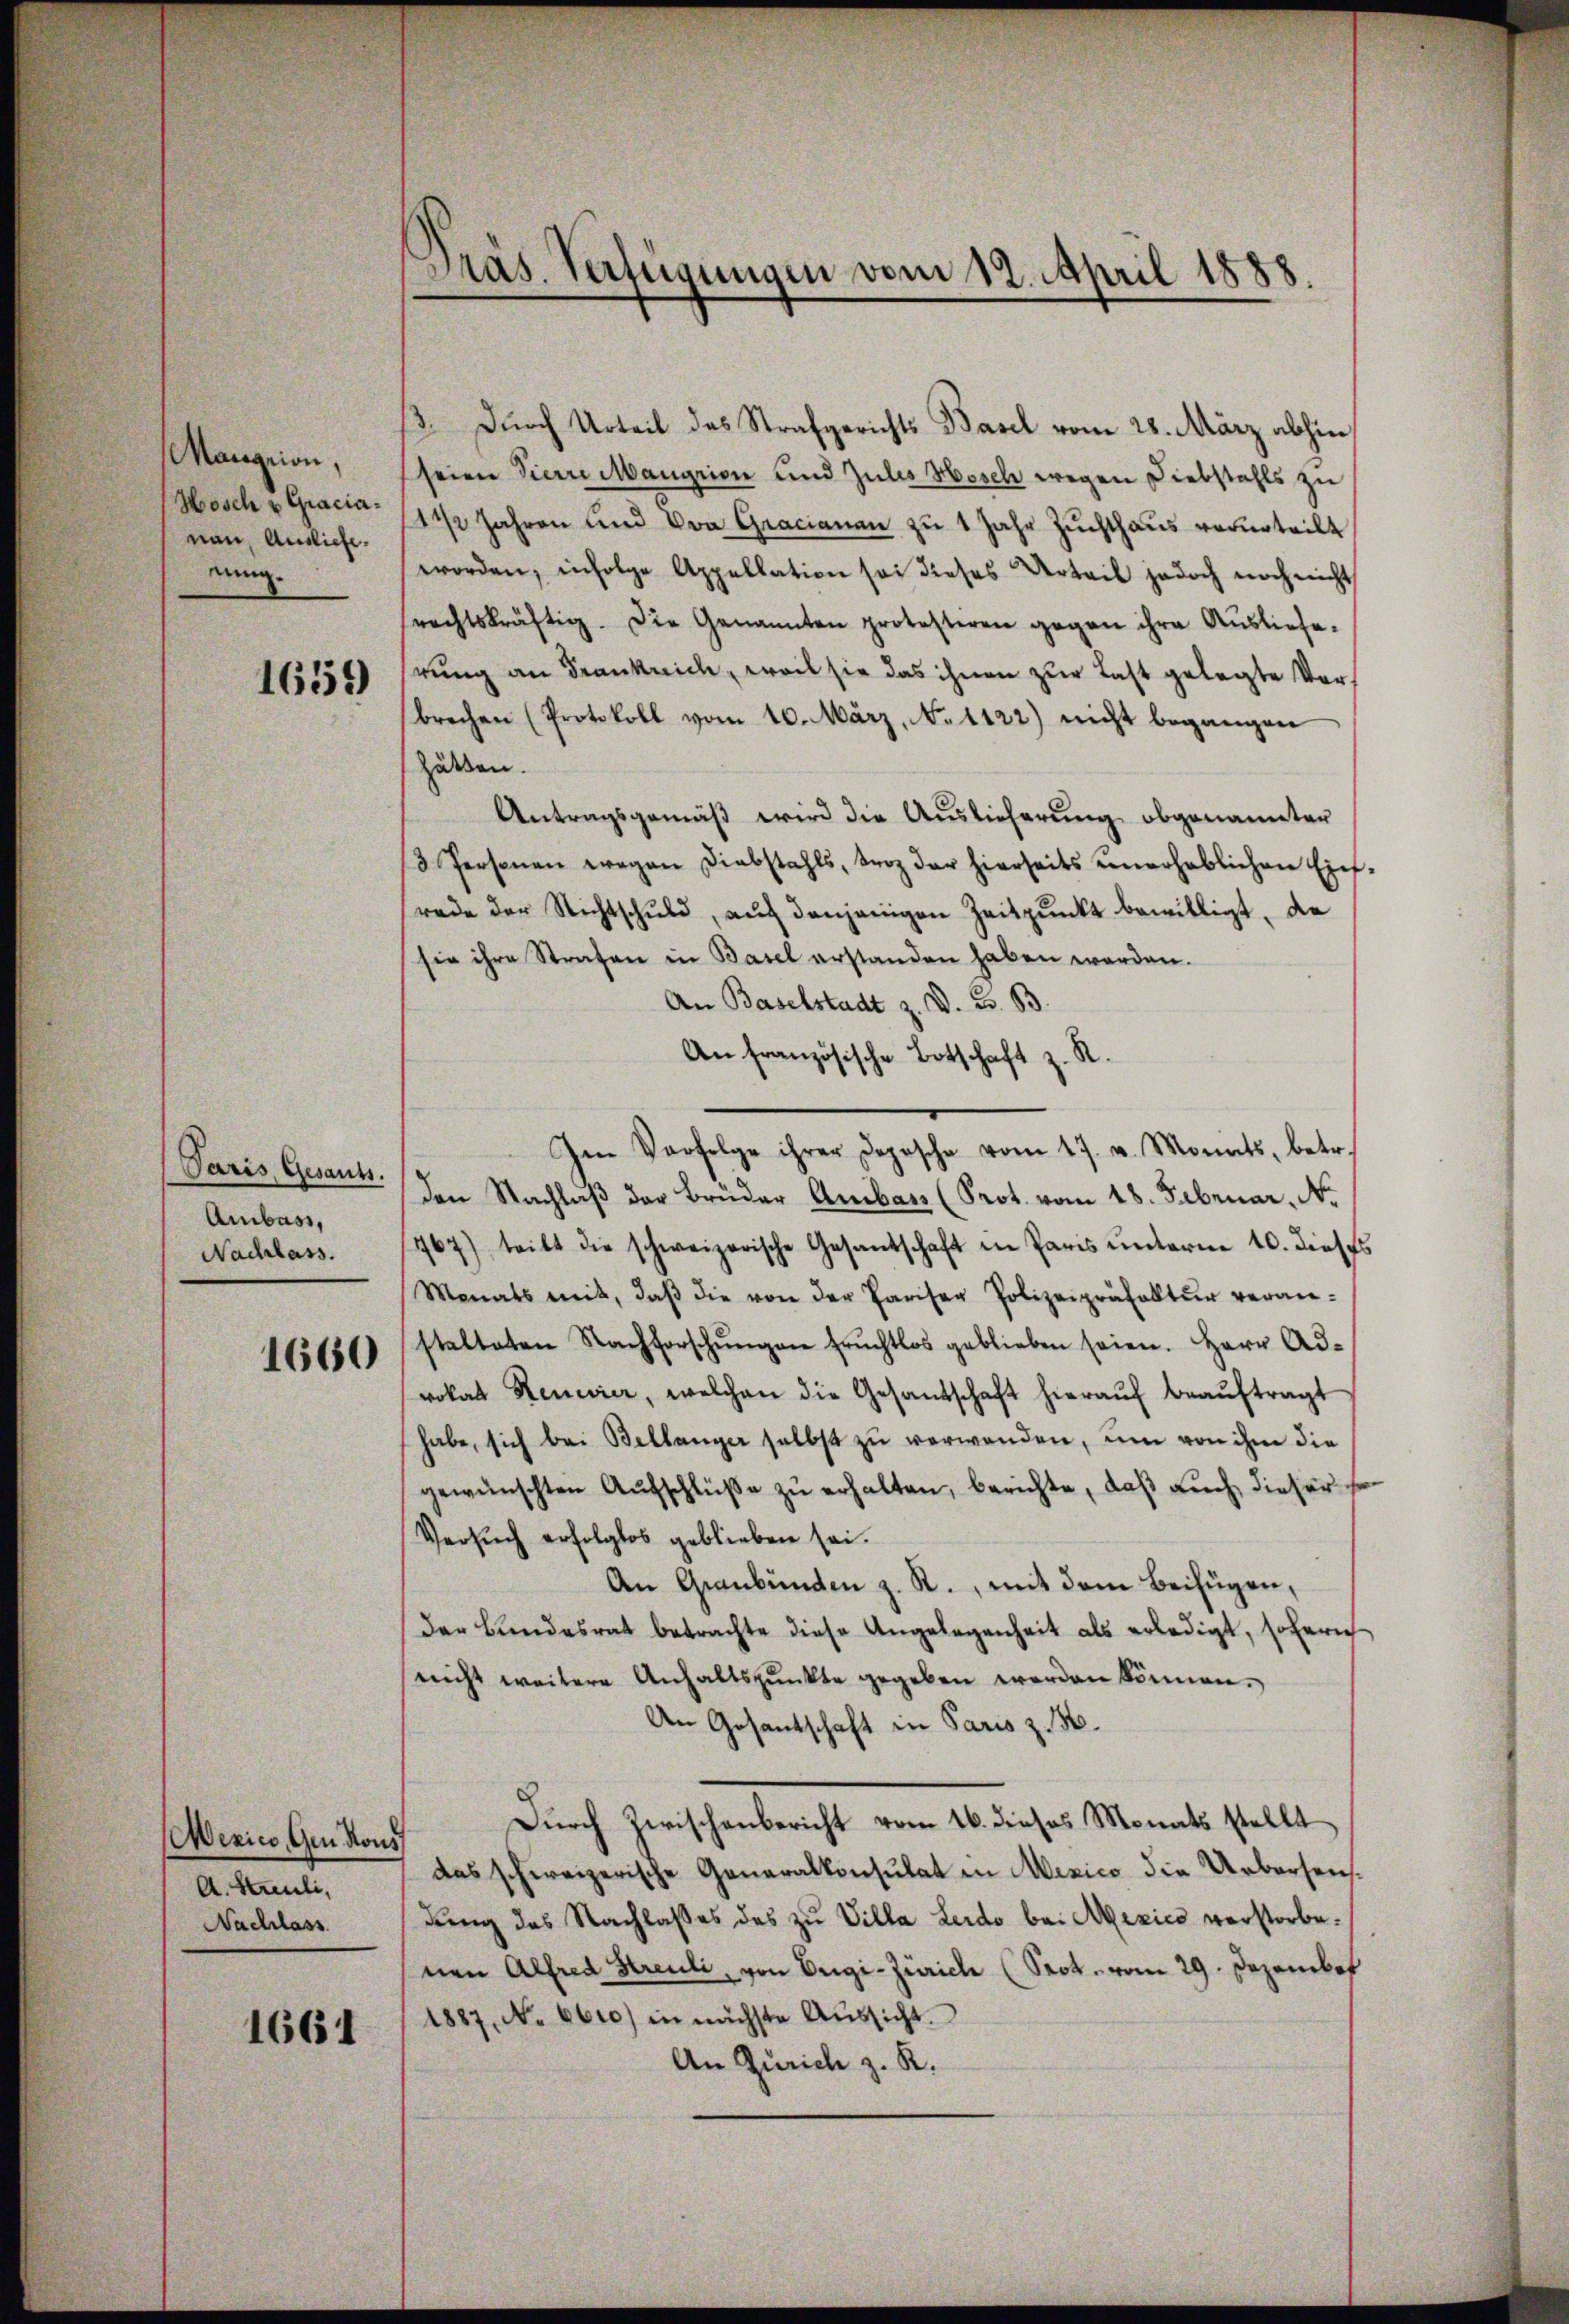
Mangrion,
Hosch v. Gracianau, Ausliefe.
nung.

1659

Paris, Gesants.
Ambass,
Nachlass.

1660

Mexico Gen Kons
A. Streuli,
Nachlass

1661

Präs. Verfügungen vom 12. April 1888.

B. Durch Urteil des Strafgerichts Basel vom 28. März abhin
seien Vierre Mangrion und Zules Mosch wegen Diebstahls zu
1½ Jahren und Von Gracianau zu 1 Jahr Zuchthaus verurteilt
worden, infolge Appellation sei dieses Urteil jedoch noch nicht
rechtskräftig. Die Genannten protesteren gegen ihre Ausliefe.
rung an Frankrich, weil sie das ihnen zur Last gelegte Verbrechen (Protokoll vom 10. März, No 1122) nicht begangen
Zukten.
Antragsgemäβ wird die Auslieferung obgenannter
3 Personen wegen Diebstahls, troz der hierseits unerheblichen Ein-
rade der Richtschuld, auf denjenigen Zeitpunkt bewilligt, da
sie ihre Strafen in Basel erstanden haben werden.
An Baselstadt z. d. 3. B.
An französische Botschaft z. R.
Im Verfolge ihrer Dopische vom 17. v. Monats, betr.
Den Nachlaß der Brüder Ambas (Prot. vom 18. Februar. N.
467) teilt die schweizerische Gesantschaft in Paris unterm 10. dieses
Monats mit, daβ die von der Pariser Polizeipräfalter veran-
stalteten Nachforschŭngen fruchtlos geblieben seien. Herr Adrokat Rencier, welchen die Gesandschaft hieraŭf beaŭftragt
habe, sich bei Bellanger selbst zu verwenden, um von ihm die
gewünschten Aufschlüße zu erhalten, berichte, daß auch dieser so
Versuch erfolglos geblieben sei.
An Graubünden z. R., mit dem Beifügen,
Der Bŭndesrat betrachte diese Angelegenheit als erledigt, sofern
nicht weitere Anhaltspunkte gegeben werden können.
An Gesantschaft in Paris z. B.
Durch Zwischenbericht vom 16. dieses Monats stellt
das schweizerische Generalkonsulat in Misico die Uebersendung des Nachlasses das zu Villa Leido bei Mexico verstorbenen Alfred Streuli, von Origi-Zürich (Prot. vom 29. Dezembe
1887, No 6610) in nächste Aŭssicht.
An Zürich z. R.